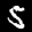
Label: 5